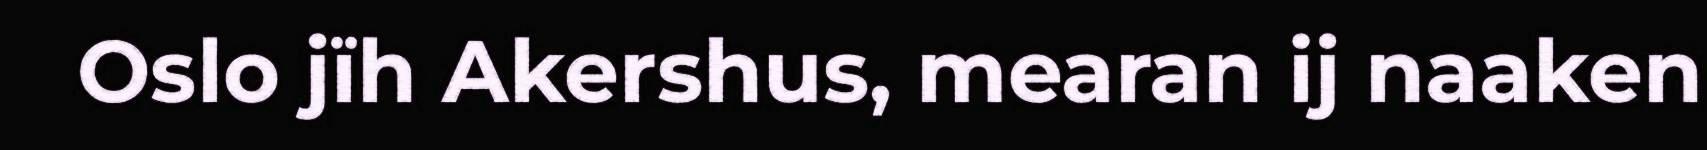
Oslo jïh Akershus, mearan ij naaken